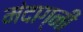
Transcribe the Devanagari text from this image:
मंदाग्नी